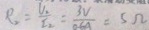
R _ { 2 } = \frac { U _ { 2 } } { I _ { 2 } } = \frac { 3 V } { 0 . 6 a } = 5 \Omega